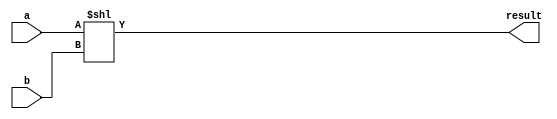
module SHL (input [31:0] a, b, output [31:0] result);

	assign result = a << b;

endmodule